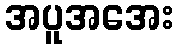
အပူအအေး